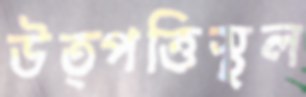
উত্পত্তিস্থল